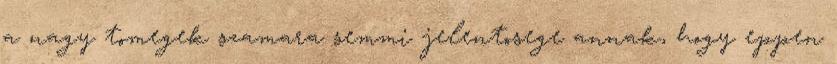
a nagy tomegek szamara semmi jelentosege annak, hogy eppen